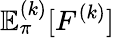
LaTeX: \mathbb{E}_{\pi}^{(k)}[F^{(k)}]